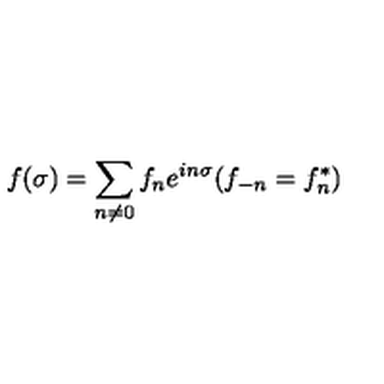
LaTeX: f ( \sigma ) = \sum _ { n \ne 0 } f _ { n } e ^ { i n \sigma } ( f _ { - n } = f _ { n } ^ { * } )